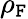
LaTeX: \rho_{\mathtt{F}}